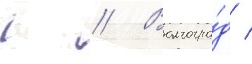
г // Волгогра́д /